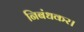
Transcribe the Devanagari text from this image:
निबंधकर।